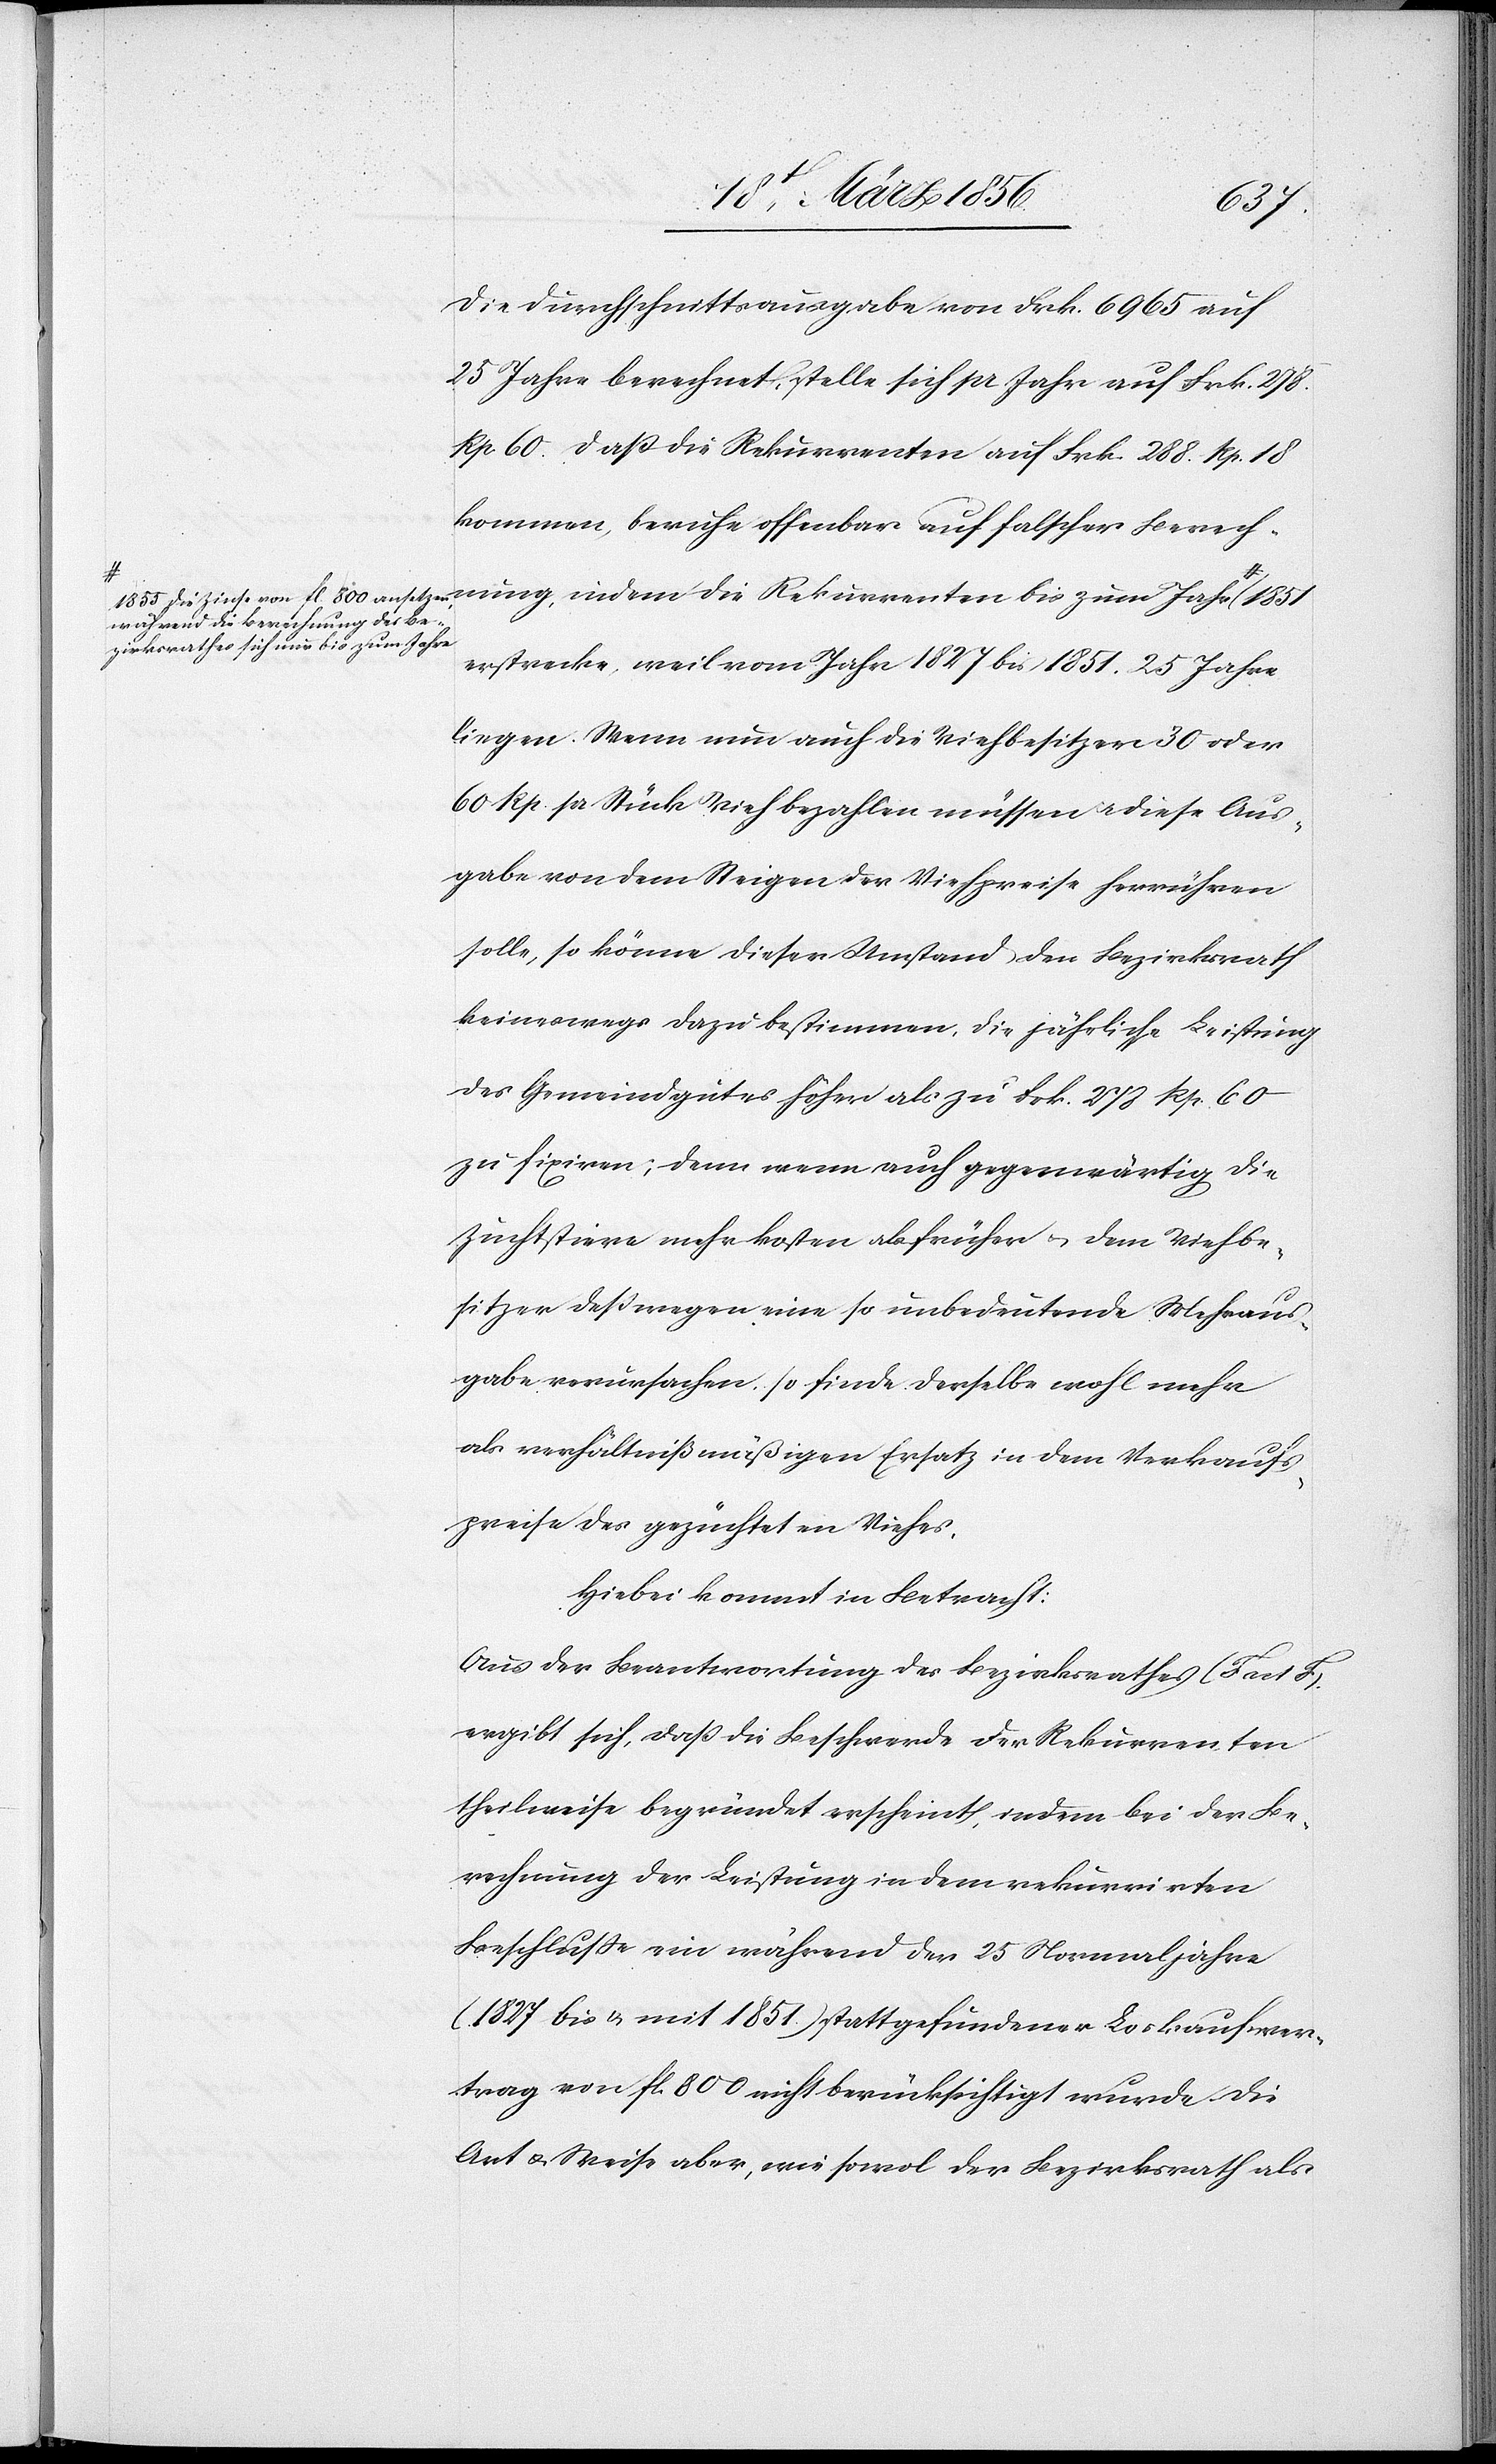
nung,
Die Durchschnittsausgabe von Frk. 6965 auf
25 Jahre berechnet, stelle sich pr Jahr auf Frk. 278.
Rp. 60. daß die Rekurrenten auf Frk. 288. Rp. 18
kommen, beruhe offenbar auf falscher Berech¬
während die Berechnung des Be¬
zirksrathes sich nur bis zum Jahre-a
erstrecke, weil vom Jahr 1827 bis 1851. 25 Jahre
liegen. Wenn nun auch die Viehbesitzer 30 oder
60 Rp. pr Stück Vieh bezahlen müssen u. diese Aus¬
gabe von dem Steigen der Viehpreise herrühren
solle, so könne dieser Umstand den Bezirksrath
keineswegs dazu bestimmen, die jährliche Leistung
des Gemeindgutes höher als zu Frk. 278 Rp. 60
zu fixiren; denn wenn auch gegenwärtig die
Zuchtstiere mehr kosten als früher u. dem Viehbe¬
sitzer deßwegen eine so unbedeutende Mehraus¬
gabe verursachen, so finde derselbe wohl mehr
als verhältnißmäßigen Ersatz in dem Verkaufs¬
preise des gezüchteten Viehes.
Hiebei kommt in Betracht:
Aus der Beantwortung des Bezirksrath (Fact F).
ergibt sich, daß die Beschwerde der Rekurrenten
theilweise begründet erscheint, indem bei der Be¬
rechnung der Leistung in dem rekurrirten
Beschluße ein während der 25 Normaljahre
(1827 bis u. mit 1851) stattgefundenen Loskaufsver¬
trag von fl. 800 nicht berücksichtigt wurde. Die
Art & Weise aber, wie sowol der Bezirksrath als